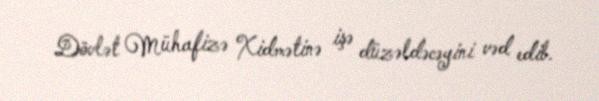
Dövlət Mühafizə Xidmətinə işə düzəldəcəyini vəd edib.